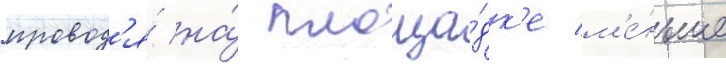
провод'я́ на́ площа́дк'е м'е́ньше